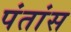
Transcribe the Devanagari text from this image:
पंतांस